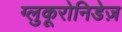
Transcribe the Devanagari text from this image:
ग्लुकूरोनिडेज़